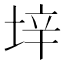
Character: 垶